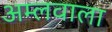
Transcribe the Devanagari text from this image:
अम्लवाला